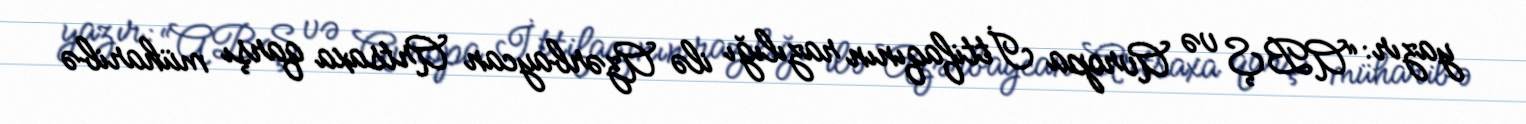
yazır: “ABŞ və Avropa İttifaqının razılığı ilə Azərbaycan Artsaxa qarşı müharibə